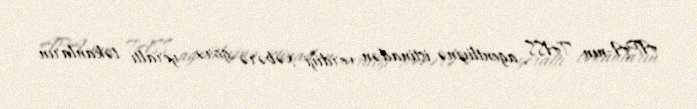
APA-nın TASS agentliyinə istinadən verdiyi xəbərə görə, yeraltı təkanların